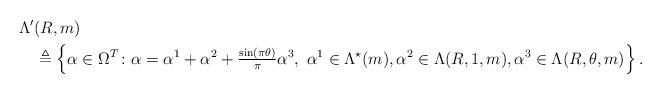
LaTeX: \begin{align*}\Lambda' &(R, m) \\&\triangleq \left\{ \alpha \in \Omega^T \colon \alpha = \alpha^1 + \alpha^2 + \tfrac{\sin(\pi \theta)}{\pi} \alpha^3,\ \alpha^1 \in \Lambda^\star (m), \alpha^2 \in \Lambda (R, 1, m), \alpha^3 \in \Lambda (R, \theta, m) \right\}.\end{align*}